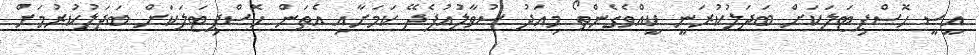
އީސީ ހޮސްޕިޓަލަކަށް ބަދަލުކުރަނީ ކީއްވެގެންތޯ މިއަދު ސުވާލުއުފެދޭ ކަމަށާއި އެތަން ހޮސްޕިޓަލަކަށް ބަދަލުކުރުމަށް